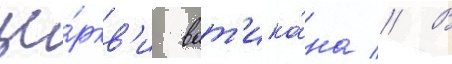
це́ркв'и ват'ика́на // В